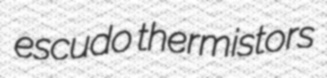
escudo thermistors